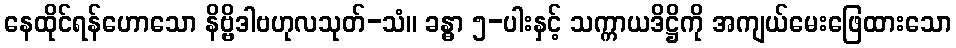
နေထိုင်ရန်ဟောသော နိဗ္ဗိဒါဗဟုလသုတ်-သံ။ ခန္ဓာ ၅-ပါးနှင့် သက္ကာယဒိဋ္ဌိကို အကျယ်မေးဖြေထားသော